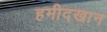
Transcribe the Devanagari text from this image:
हमीदखान